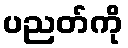
ပညတ်ကို